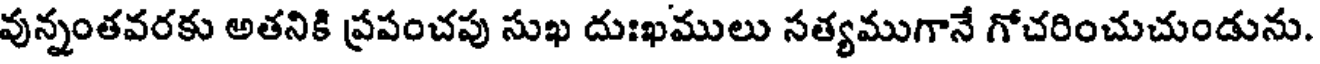
వున్నంతవరకు అతనికి ప్రపంచపు సుఖ దుఃఖములు సత్యముగానే గోచరించుచుండును.